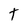
Character: t